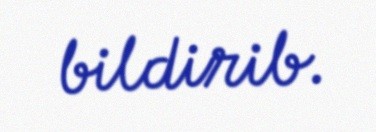
bildirib.